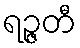
ရဉ္ဇတီ